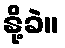
နို့ခဲ။